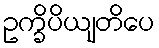
ဥက္ခိပိယျတိပေ